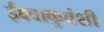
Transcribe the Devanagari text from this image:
ईक्ष्वाकुवंशी